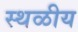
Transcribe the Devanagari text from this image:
स्थळीय